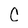
Character: C